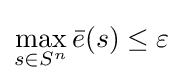
\displaystyle \max _{s\in S^{n}}{\bar {e}}(s)\leq \varepsilon